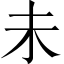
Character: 未